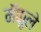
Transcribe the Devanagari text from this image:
मॅकुले